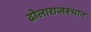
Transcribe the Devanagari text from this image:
ढोलाराजस्थान